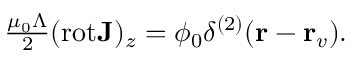
\begin{array} { r } { \frac { \mu _ { 0 } \Lambda } { 2 } ( \mathrm { r o t } { \bf J } ) _ { z } = \phi _ { 0 } \delta ^ { ( 2 ) } ( { \bf r } - { \bf r } _ { v } ) . } \end{array}